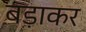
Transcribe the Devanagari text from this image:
बड़ाकर